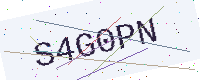
Text: S4G0PN